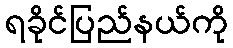
ရခိုင်ပြည်နယ်ကို